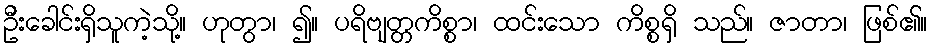
ဦးခေါင်းရှိသူကဲ့သို့။ ဟုတွာ၊ ၍။ ပရိဗျတ္တကိစ္စာ၊ ထင်းသော ကိစ္စရှိ သည်။ ဇာတာ၊ ဖြစ်၏။